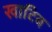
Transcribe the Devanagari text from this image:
खाटिब